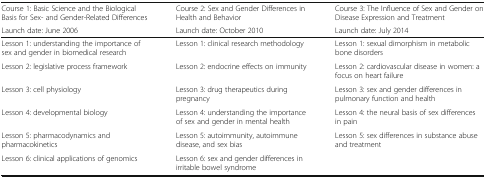
| Course 1: Basic Science and the Biological Basis for Sex- and Gender-Related Differences | Course 2: Sex and Gender Differences in Health and Behavior | Course 3: The Influence of Sex and Gender on Disease Expression and Treatment |
 | Launch date: June 2006 | Launch date: October 2010 | Launch date: July 2014 |
 | --- | --- | --- |
 | Lesson 1: understanding the importance of sex and gender in biomedical research | Lesson 1: clinical research methodology | Lesson 1: sexual dimorphism in metabolic bone disorders |
 | Lesson 2: legislative process framework | Lesson 2: endocrine effects on immunity | Lesson 2: cardiovascular disease in women: a focus on heart failure |
 | Lesson 3: cell physiology | Lesson 3: drug therapeutics during pregnancy | Lesson 3: sex and gender differences in pulmonary function and health |
 | Lesson 4: developmental biology | Lesson 4: understanding the importance of sex and gender in mental health | Lesson 4: the neural basis of sex differences in pain |
 | Lesson 5: pharmacodynamics and pharmacokinetics | Lesson 5: autoimmunity, autoimmune disease, and sex bias | Lesson 5: sex differences in substance abuse and treatment |
 | Lesson 6: clinical applications of genomics | Lesson 6: sex and gender differences in irritable bowel syndrome |  |